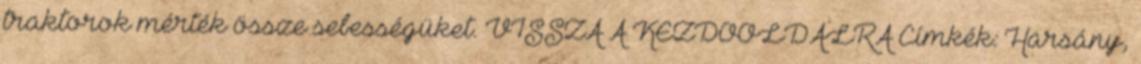
traktorok mérték össze sebességüket. VISSZA A KEZDŐOLDALRA Címkék: Harsány,